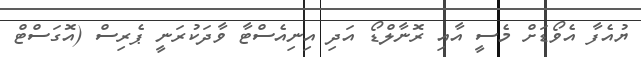
ޔުއެފާ އެވޯޑަށް މެސީ އާއި ރޮނާލްޑޯ އަދި އިނިއެސްޓާ ވާދަކުރަނީ ޕެރިސް (އޮގަސްޓް